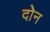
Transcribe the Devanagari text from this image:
दोेन